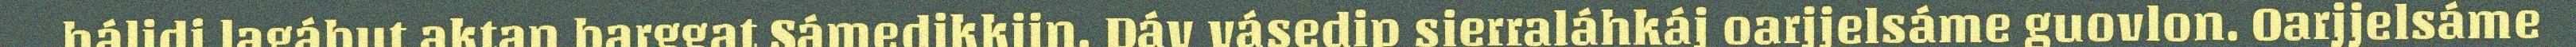
hálidi lagábut aktan barggat Sámedikkijn. Dáv vásedip sierraláhkáj oarjjelsáme guovlon. Oarjjelsáme